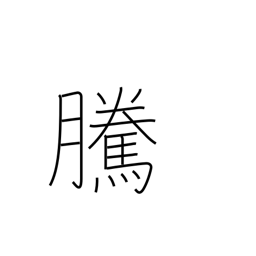
Meaning: going